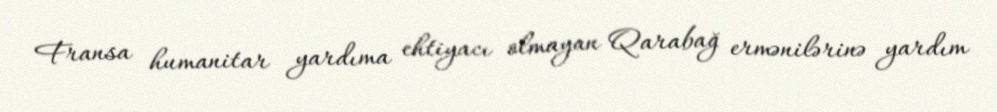
Fransa humanitar yardıma ehtiyacı olmayan Qarabağ ermənilərinə yardım